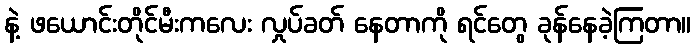
နဲ့ ဖယောင်းတိုင်မီးကလေး လှုပ်ခတ် နေတာကို ရင်တွေ ခုန်နေခဲ့ကြတာ။